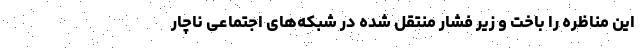
این مناظره را باخت و زیر فشار منتقل شده در شبکه‌های اجتماعی ناچار